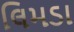
લિમડા